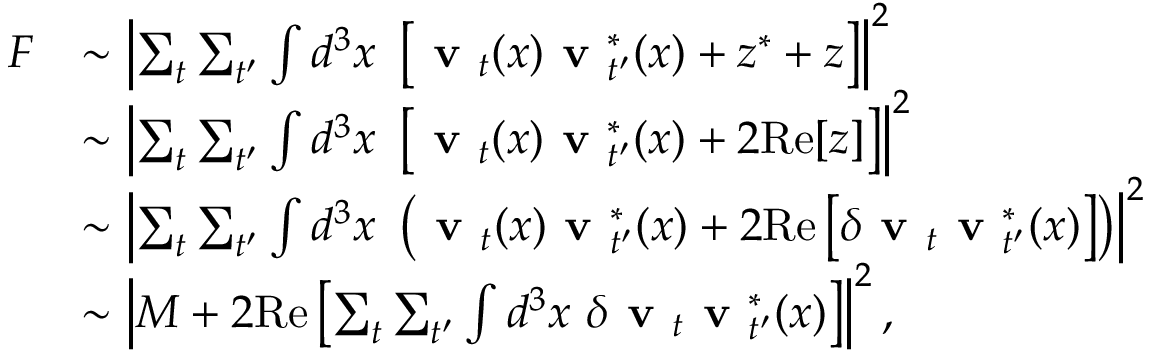
\begin{array} { r l } { F } & { \sim \left| \sum _ { t } \sum _ { t ^ { \prime } } \int d ^ { 3 } x \ \left[ \textbf { v } _ { t } ( x ) \textbf { v } _ { t ^ { \prime } } ^ { * } ( x ) + z ^ { * } + z \right] \right| ^ { 2 } } \\ & { \sim \left| \sum _ { t } \sum _ { t ^ { \prime } } \int d ^ { 3 } x \ \left[ \textbf { v } _ { t } ( x ) \textbf { v } _ { t ^ { \prime } } ^ { * } ( x ) + 2 \mathrm { R e } [ z ] \right] \right| ^ { 2 } } \\ & { \sim \left| \sum _ { t } \sum _ { t ^ { \prime } } \int d ^ { 3 } x \ \left( \textbf { v } _ { t } ( x ) \textbf { v } _ { t ^ { \prime } } ^ { * } ( x ) + 2 \mathrm { R e } \left[ \delta \textbf { v } _ { t } \textbf { v } _ { t ^ { \prime } } ^ { * } ( x ) \right] \right) \right| ^ { 2 } } \\ & { \sim \left| M + 2 \mathrm { R e } \left[ \sum _ { t } \sum _ { t ^ { \prime } } \int d ^ { 3 } x \ \delta \textbf { v } _ { t } \textbf { v } _ { t ^ { \prime } } ^ { * } ( x ) \right] \right| ^ { 2 } , } \end{array}